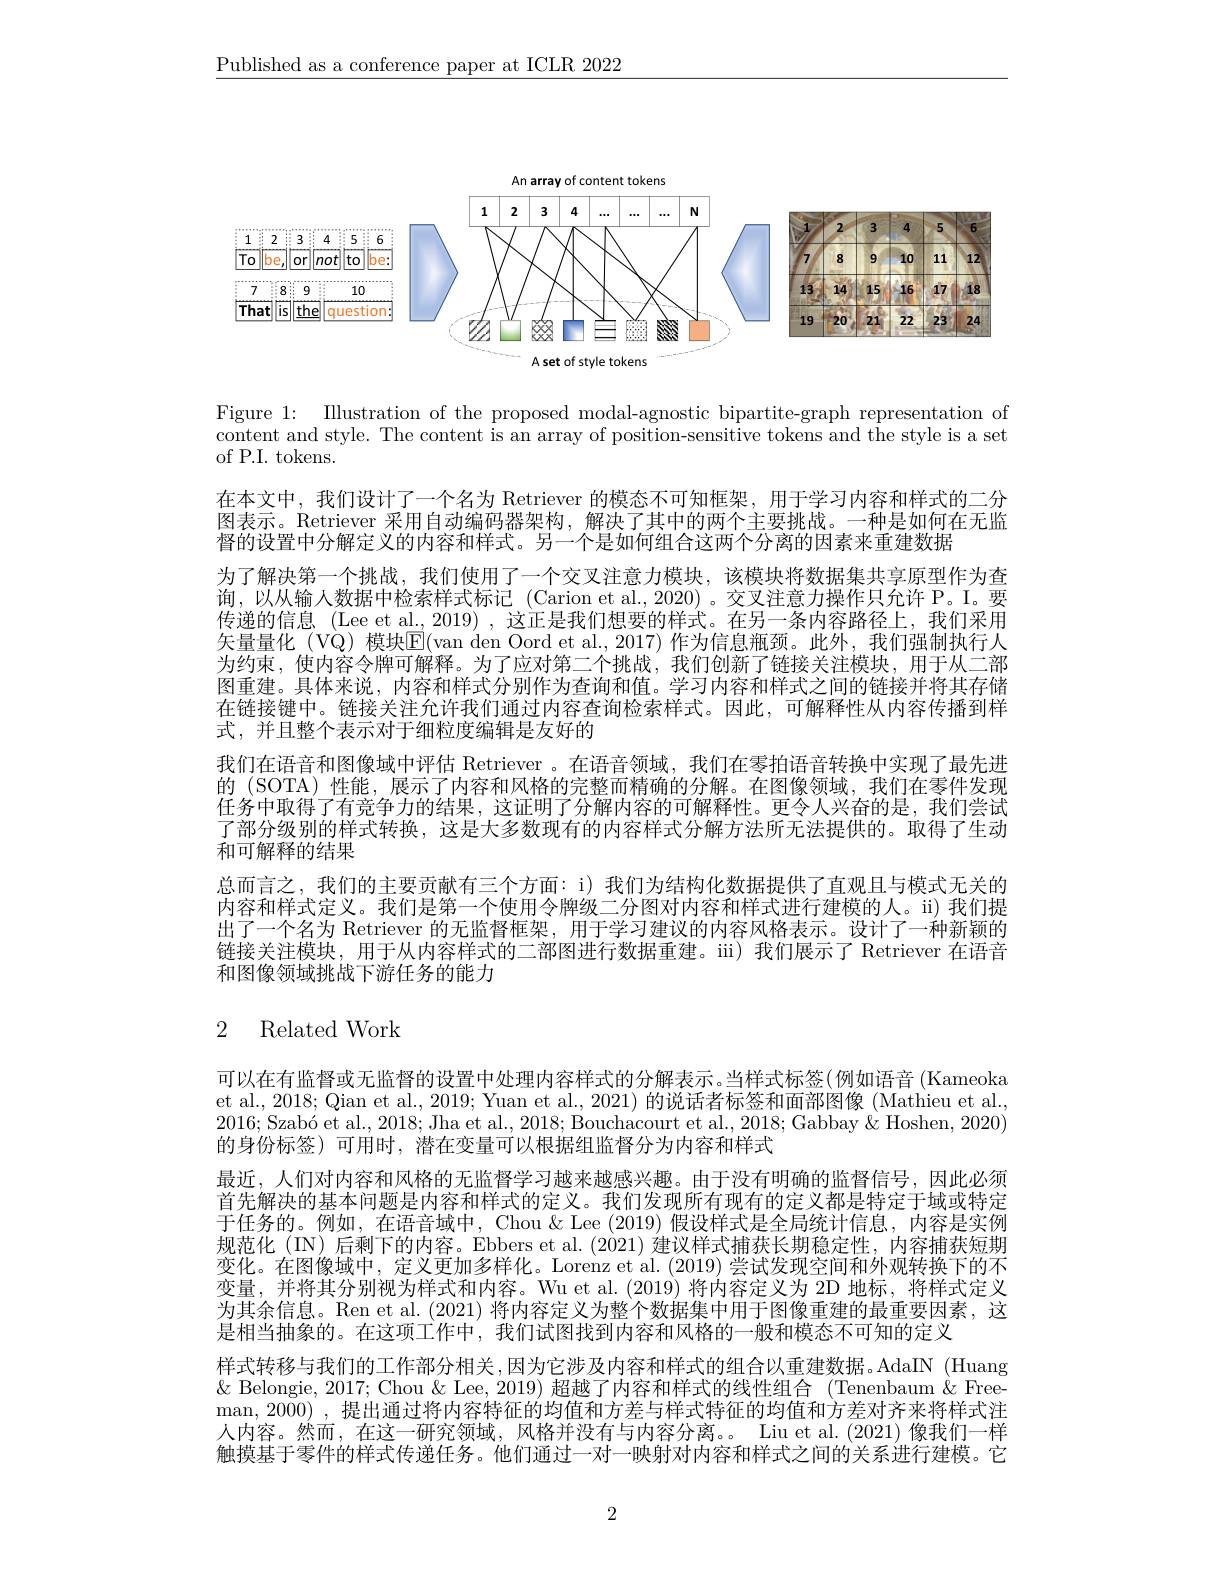
$\underline{\text{Published as a conference paper at ICLR 2022}}$

<FigureHere>

Figure 1: Illustration of the proposed modal-agnostic bipartite-graph representation of content and style. The content is an array of position-sensitive tokens and the style is a set of P.I. tokens.

在本文中，我们设计了一个名为 Retriever 的模态不可知框架，用于学习内容和样式的二分图表示。Retriever 采用自动编码器架构，解决了其中的两个主要挑战。一种是如何在无监督的设置中分解定义的内容和样式。另一个是如何组合这两个分离的因素来重建数据
为了解决第一个挑战，我们使用了一个交叉注意力模块，该模块将数据集共享原型作为查询，以从输人数据中检索样式标记 (Carion et al.,2020)。交叉注意力操作只允许 P。I。要传递的信息 (Lee et al., 2019) ,这正是我们想要的样式。在另一条内容路径上，我们采用矢量量化(VQ)模块E(van den Oord et al.,2017) 作为信息瓶颈。此外，我们强制执行人为约束，使内容令牌可解释。为了应对第二个挑战，我们创新了链接关注模块，用于从二部图重建。具体来说，内容和样式分别作为查询和值。学习内容和样式之间的链接并将其存储在链接键中。链接关注允许我们通过内容查询检索样式。因此，可解释性从内容传播到样式，并且整个表示对于细粒度编辑是友好的
我们在语音和图像域中评估 Retriever 。在语音领域，我们在零拍语音转换中实现了最先进的 (SOTA) 性能，展示了内容和风格的完整而精确的分解。在图像领域，我们在零件发现任务中取得了有竞争力的结果，这证明了分解内容的可解释性。更令人兴奋的是，我们尝试了部分级别的样式转换，这是大多数现有的内容样式分解方法所无法提供的。取得了生动和可解释的结果
总而言之，我们的主要贡献有三个方面：i) 我们为结构化数据提供了直观且与模式无关的内容和样式定义。我们是第一个使用令牌级二分图对内容和样式进行建模的人。ii) 我们提出了一个名为 Retriever 的无监督框架，用于学习建议的内容风格表示。设计了一种新颖的链接关注模块，用于从内容样式的二部图进行数据重建。iii)我们展示了 Retriever 在语音和图像领域挑战下游任务的能力

# 2 Related Work

可以在有监督或无监督的设置中处理内容样式的分解表示。当样式标签(例如语音(Kameoka et al., 2018; Qian et al., 2019; Yuan et al., 2021) 的说话者标签和面部图像 (Mathieu et al., $2016; \text{ Szab\' {o}etal. , 2018; Jhaet al. , 2018; Bouchacourt et al. , 2018; Gabbay \& Hoshen, 2020) }$ 的身份标签)可用时，潜在变量可以根据组监督分为内容和样式
最近，人们对内容和风格的无监督学习越来越感兴趣。由于没有明确的监督信号，因此必须首先解决的基本问题是内容和样式的定义。我们发现所有现有的定义都是特定于域或特定于任务的。例如，在语音域中，Chou&Lee (2019)假设样式是全局统计信息，内容是实例规范化 (IN)后剩下的内容。Ebbers et al.(2021) 建议样式捕获长期稳定性，内容捕获短期变化。在图像域中，定义更加多样化。Lorenz et al. (2019) 尝试发现空间和外观转换下的不变量，并将其分别视为样式和内容。Wu et al.(2019) 将内容定义为 2D 地标，将样式定义为其余信息。Ren et al. (2021) 将内容定义为整个数据集中用于图像重建的最重要因素，这是相当抽象的。在这项工作中，我们试图找到内容和风格的一般和模态不可知的定义
样式转移与我们的工作部分相关，因为它涉及内容和样式的组合以重建数据。AdaIN (Huang $\&$ Belongie, 2017; Chou &Lee, 2019) 超越了内容和样式的线性组合 (Tenenbaum & Freeman, 2000) , 提出通过将内容特征的均值和方差与样式特征的均值和方差对齐来将样式注人内容。然而，在这一研究领域，风格并没有与内容分离。Liu et al.(2021)像我们一样触摸基于零件的样式传递任务。他们通过一对一映射对内容和样式之间的关系进行建模。它

2